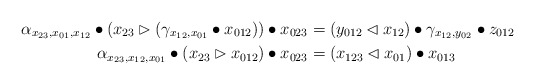
\begin{align*}\alpha_{x_{23},x_{01},x_{12}}\bullet(x_{23}\rhd (\gamma_{x_{12},x_{01}} \bullet x_{012}))\bullet x_{023}&=(y_{012}\lhd x_{12})\bullet \gamma_{x_{12},y_{02}} \bullet z_{012} \\\alpha_{x_{23},x_{12},x_{01}}\bullet(x_{23}\rhd x_{012})\bullet x_{023}&=(x_{123}\lhd x_{01})\bullet x_{013} \end{align*}